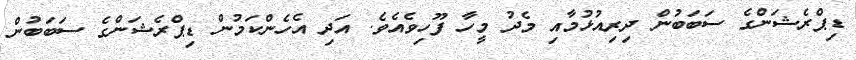
ޑިޕްރެޝަންގެ ސަބަބުން ދިރިއުޅުމާއި މެދު މީހާ ފޫހިވެއެވެ. އަދި އެހެންކަމުން ޑިޕްރެޝަންގެ ސަބަބުން